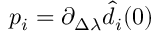
p _ { i } = \partial _ { \Delta \lambda } \hat { d } _ { i } ( 0 )